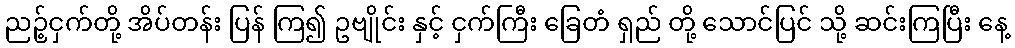
ညဉ့်ငှက်တို့ အိပ်တန်း ပြန် ကြ၍ ဥဗျိုင်း နှင့် ငှက်ကြီး ခြေတံ ရှည် တို့ သောင်ပြင် သို့ ဆင်းကြပြီး နေ့